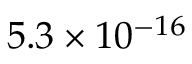
5 . 3 \times 1 0 ^ { - 1 6 }